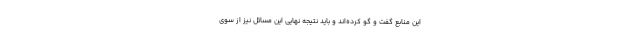
این منابع گفت و گو کرده‌اند و باید نتیجه نهایی این مسائل نیز از سوی